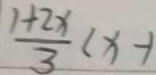
\frac { 1 + 2 x } { 3 } ( x - 1